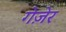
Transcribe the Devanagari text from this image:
गेज़ेर